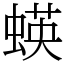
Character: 蝧